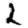
Digit: 2